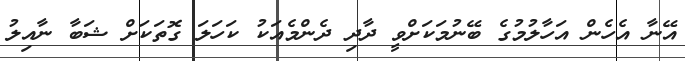
އޭނާ އެހެން އަހާލުމުގެ ބޭނުމަކަށްވީ ދާދި ދެންމެއަކު ކަހަލަ ގޮތަކަށް ޝަބާ ނާއިލު